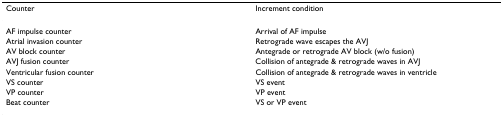
| Counter | Increment condition |
 | --- | --- |
 | AF impulse counter | Arrival of AF impulse |
 | Atrial invasion counter | Retrograde wave escapes the AVJ |
 | AV block counter | Antegrade or retrograde AV block (w/o fusion) |
 | AVJ fusion counter | Collision of antegrade & retrograde waves in AVJ |
 | Ventricular fusion counter | Collision of antegrade & retrograde waves in ventricle |
 | VS counter | VS event |
 | VP counter | VP event |
 | Beat counter | VS or VP event |